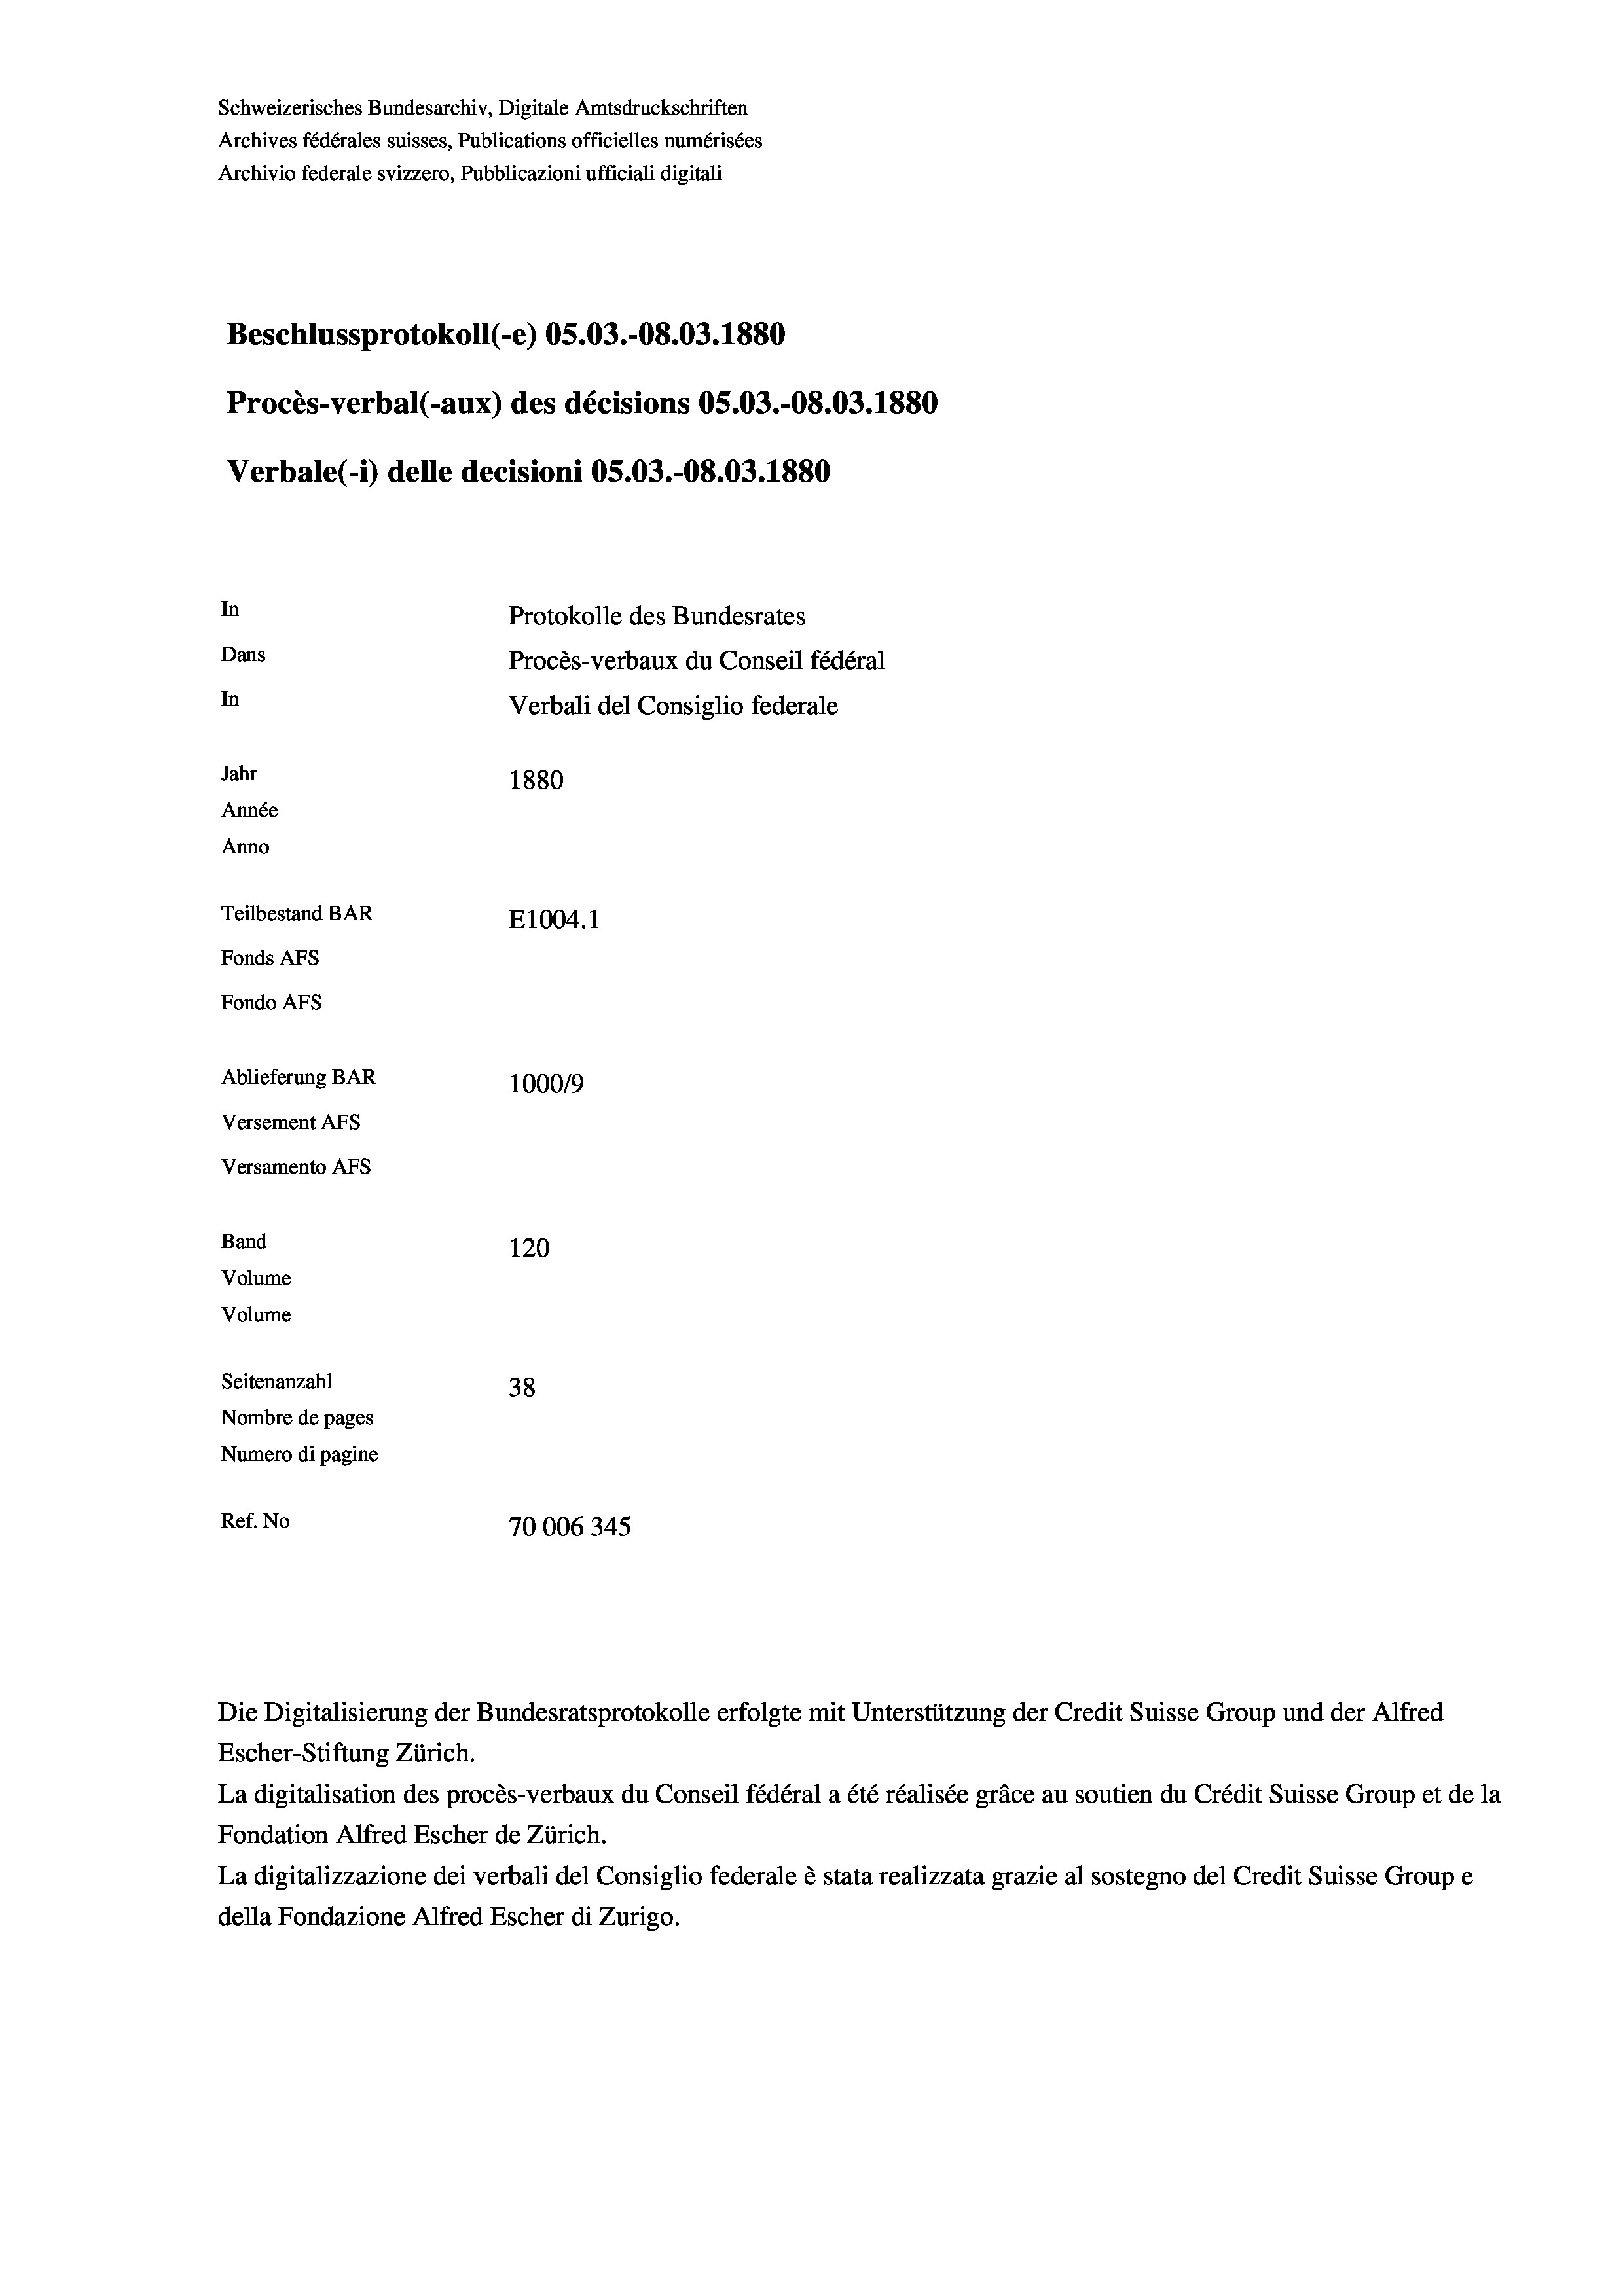
Schweizerisches Bundesarchiv, Digitale Amtsdruckschriften
Archives fédérales suisses, Publications officielles numérisées
Archivio federale svizzero, Pubblicazioni ufficiali digitali
Beschlussprotokoll (-e) 05.03.-08.03. 1880
Procès-verbal (-aux) des décisions OS.03.-08.03. 1880
Verbale (i) delle decisioni OS.03.-08.03. 1880
In
Protokolle des Bundesrates
Dans
Procès-verbaux du Conseil fédéral
In
Verbali del Consiglio federale
Jahr
1880
Année
Anno
Teilbestand BAR
E1004. 1
Fonds AFs
Fondo Afs
Ablieferung BAR
100019
Versement AFs
Versamento AFS
Band
120
Volume
Volume

Seitenanzahl
38
Nombre de pages
Numero di pagine
Ref. No
70006345

Die Digitalisierung der Bundesratsprotokolle erfolgte mit Unterstützung der Credit Suisse Group und der Alfred
Escher-Stiftung Zürich.
La digitalisation des procès-verbaux du Conseil fédéral a été réalisée gräce au soutien du Crédit Suisse Group et de la
Fondation Alfred Escher de Zürich.
La digitalizzazione dei verbali del Consiglio federale è stata realizzata grazie al sostegno del Credit Suisse Groupe
della Fondazione Alfred Escher di Zurigo.